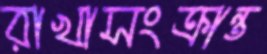
রাখাসংক্রান্ত